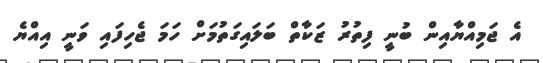
އެ ޖަމިއްޔާއިން ބުނީ ފިތުރު ޒަކާތް ބަލައިގަތުމަށް ހަމަ ޖެހިފައި ވަނީ އިއްޔެ